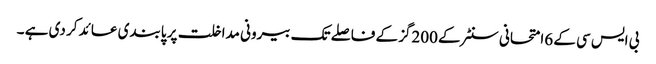
بی ایس سی کے 6امتحانی سنٹر کے 200گز کے فاصلے تک بیرونی مداخلت پر پابندی عائد کر دی ہے ۔